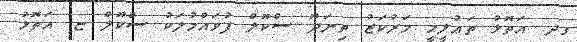
ގދ. އަތޮޅު ތަޢުލީމީ މަރުކަޒު ތިނަދޫ ސްކޫލް ފުވައްމުލަކު ސްކޫލް ޏ. އަތޮޅު